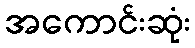
အကောင်းဆုံး